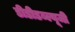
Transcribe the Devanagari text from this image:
डीडीडब्ल्यूजी